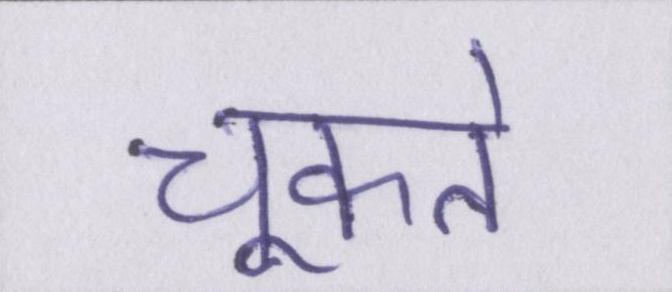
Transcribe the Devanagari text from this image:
चूकते